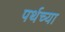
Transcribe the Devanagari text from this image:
पर्थच्या